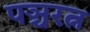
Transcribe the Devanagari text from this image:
पञ्चरत्न